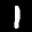
Digit: 1